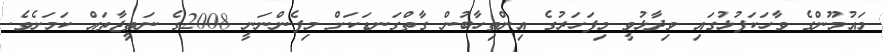
މައުމޫންގެ ވާހަކަފުޅުގައި ވިދާޅުވީ މިފަހަރުގެ އިންތިހާބުން ގާތްގަނޑަކަށް މިފެންނަނީ 2008ގެ ނަތީޖާތައް ކަމަށެވެ.